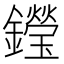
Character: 𨯗